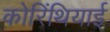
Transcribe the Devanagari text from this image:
कोरिंथियाई